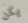
يكن